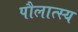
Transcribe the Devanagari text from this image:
पौलात्स्य